Report of the Indian Hemp Drugs Commission, 1894-1895 - Volume VIII
Year: 1894
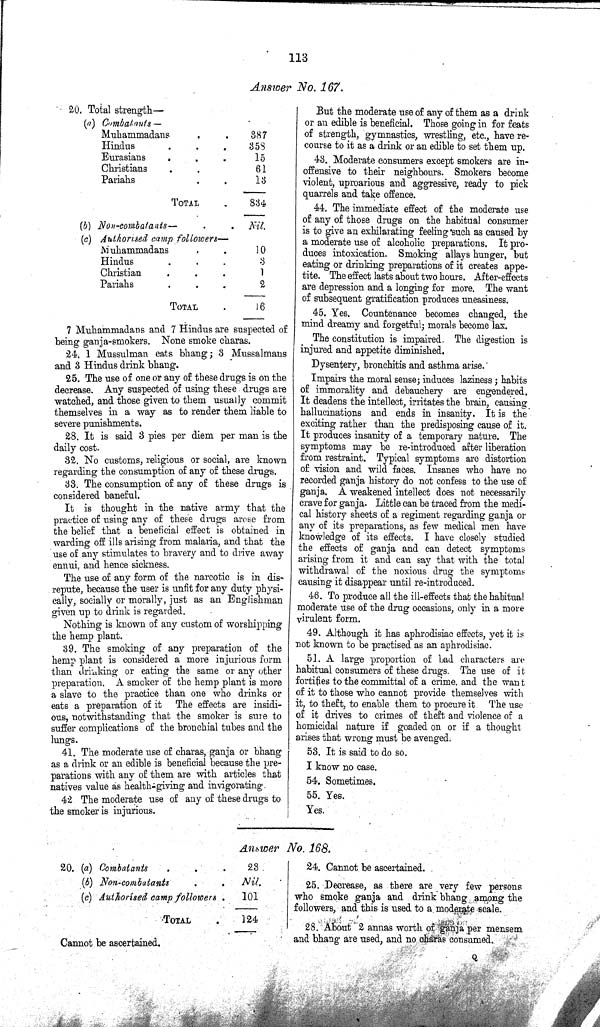
113
Answer No. 167.
20. Total strength—
(a) Combatants—
Muhammadans
387
Hindus
358
Eurasians
15
Christians
61
Pariahs
13
TOTAL
834
(b) Non-combatants—
Nil.
(c) Authorised camp followers—
Muhammadans
10
Hindus
3
Christian
1
Pariahs
2
TOTAL
16
7 Muhammadans and 7 Hindus are suspected of
being ganja-smokers. None smoke charas.
24. 1 Mussulman eats bhang; 3 Mussalmans
and 3 Hindus drink bhang.
25. The use of one or any of these drugs is on the
decrease. Any suspected of using these drugs are
watched, and those given to them usually commit
themselves in a way as to render them liable to
severe punishments.
28. It is said 3 pies per diem per man is the
daily cost.
32. No customs, religious or social, are known
regarding the consumption of any of these drugs.
33. The consumption of any of these drugs is
considered baneful.
It is thought in the native army that the
practice of using any of these drugs arose from
the belief that a beneficial effect is obtained in
warding off ills arising from malaria, and that the
use of any stimulates to bravery and to drive away
ennui, and hence sickness.
The use of any form of the narcotic is in dis¬
repute, because the user is unfit for any duty physi¬
cally, socially or morally, just as an Englishman
given up to drink is regarded.
Nothing is known of any custom of worshipping
the hemp plant.
39. The smoking of any preparation of the
hemp plant is considered a more injurious form
than drinking or eating the same or any other
preparation. A smoker of the hemp plant is more
a slave to the practice than one who drinks or
eats a preparation of it The effects are insidi¬
ous, notwithstanding that the smoker is sure to
suffer complications of the bronchial tubes and the
lungs.
41. The moderate use of charas, ganja or bhang
as a drink or an edible is beneficial because the pre¬
parations with any of them are with articles that
natives value as health-giving and invigorating.
42 The moderate use of any of these drugs to
the smoker is injurious.
But the moderate use of any of them as a drink
or an edible is beneficial. Those going in for feats
of strength, gymnastics, wrestling, etc., have re-
course to it as a drink or an edible to set them up.
43. Moderate consumers except smokers are in¬
offensive to their neighbours. Smokers become
violent, uproarious and aggressive, ready to pick
quarrels and take offence.
44. The immediate effect of the moderate use
of any of those drugs on the habitual consumer
is to give an exhilarating feeling such as caused by
a moderate use of alcoholic preparations. It pro¬
duces intoxication. Smoking allays hunger, but
eating or drinking preparations of it creates appe¬
tite. The effect lasts about two hours. After-effects
are depression and a longing for more. The want
of subsequent gratification produces uneasiness.
45. Yes. Countenance becomes changed, the
mind dreamy and forgetful; morals become lax.
The constitution is impaired. The digestion is
injured and appetite diminished.
Dysentery, bronchitis and asthma arise.
Impairs the moral sense; induces laziness; habits
of immorality and debauchery are engendered.
It deadens the intellect, irritates the brain, causing
hallucinations and ends in insanity. It is the
exciting rather than the predisposing cause of it.
It produces insanity of a temporary nature. The
symptoms may be re-introduced after liberation
from restraint. Typical symptoms are distortion
of vision and wild faces. Insanes who have no
recorded ganja history do not confess to the use of
ganja. A weakened intellect does not necessarily
crave for ganja. Little can be traced from the medi¬
cal history sheets of a regiment regarding ganja or
any of its preparations, as few medical men have
knowledge of its effects. I have closely studied
the effects of ganja and can detect symptoms
arising from it and can say that with the total
withdrawal of the noxious drug the symptoms
causing it disappear until re-introduced.
46. To produce all the ill-effects that the habitual
moderate use of the drug occasions, only in a more
virulent form.
49. Although it has aphrodisiac effects, yet it is
not known to be practised as an aphrodisiac.
51. A large proportion of bad characters are
habitual consumers of these drugs. The use of it
fortifies to the committal of a crime, and the want
of it to those who cannot provide themselves with
it, to theft, to enable them to procure it. The use
of it drives to crimes of theft and violence of a
homicidal nature if goaded on or if a thought
arises that wrong must be avenged.
53. It is said to do so.
I know no case.
54. Sometimes.
55. Yes.
Yes.
Answer No. 168.
20. (a) Combatants
23
(b) Non-combatants
Nil.
(c) Authorised camp followers
101
TOTAL
124
Cannot be ascertained.
24. Cannot be ascertained.
25. Decrease, as there are very few persons
who smoke ganja and drink bhang among the
followers, and this is used to a moderate scale.
28. About 2 annas worth of ganja per mensem
and bhang are used, and no charas consumed.
Q